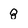
Character: 8